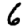
Digit: 6